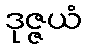
ဒုဇ္ဇယံ